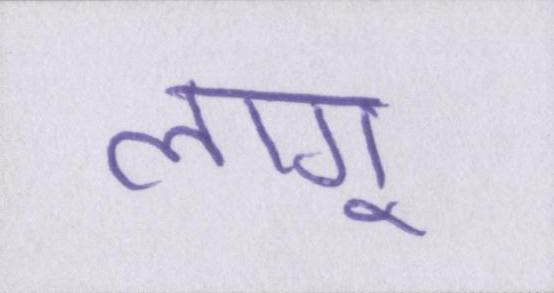
लागू